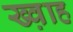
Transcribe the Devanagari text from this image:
ख्व़ाह